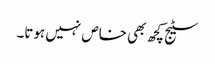
سٹیج کچھ بھی خاص نہیں ہوتا۔